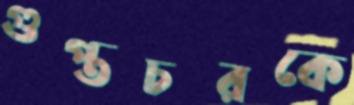
গুপ্তচরকে